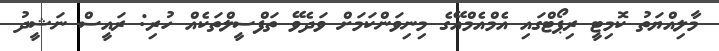
މާލިއްޔަތު ކޮމިޓީ ރިޕޯޓްގައި އެމްއެމްއޭގެ މިނިވަންކަމަށް ވަދެވޭ ތަފްސީލްތަކެއް ހުރި: ރައީސް ނަޝީދު